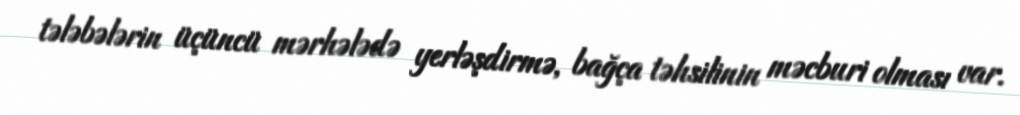
tələbələrin üçüncü mərhələdə yerləşdirmə, bağça təhsilinin məcburi olması var.